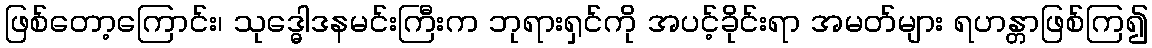
ဖြစ်တော့ကြောင်း၊ သုဒ္ဓေါဒနမင်းကြီးက ဘုရားရှင်ကို အပင့်ခိုင်းရာ အမတ်များ ရဟန္တာဖြစ်ကြ၍